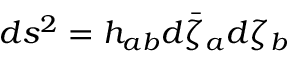
d s ^ { 2 } = h _ { a b } d \bar { \zeta } _ { a } d \zeta _ { b }